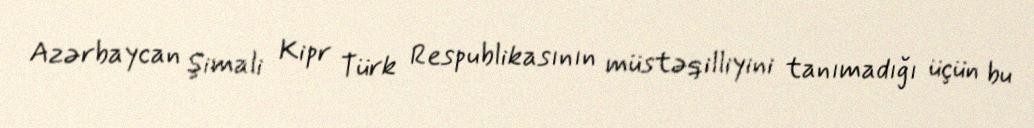
Azərbaycan Şimali Kipr Türk Respublikasının müstəqilliyini tanımadığı üçün bu